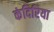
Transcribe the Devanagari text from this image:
कंदिरिया